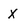
Character: x